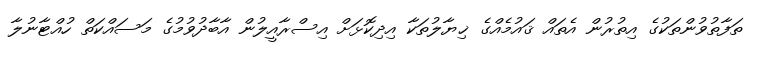
ތަފާތުވުންތަކުގެ އިތުރުން އެތައް ޤައުމެއްގެ ޚިޔާލުތަކާ އިދިކޮޅަށް އިސްރާއީލުން އާބާދުވުމުގެ މަސައްކަތް ހުއްޓާނުލާ